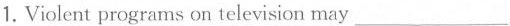
1.Violent programs on television may___